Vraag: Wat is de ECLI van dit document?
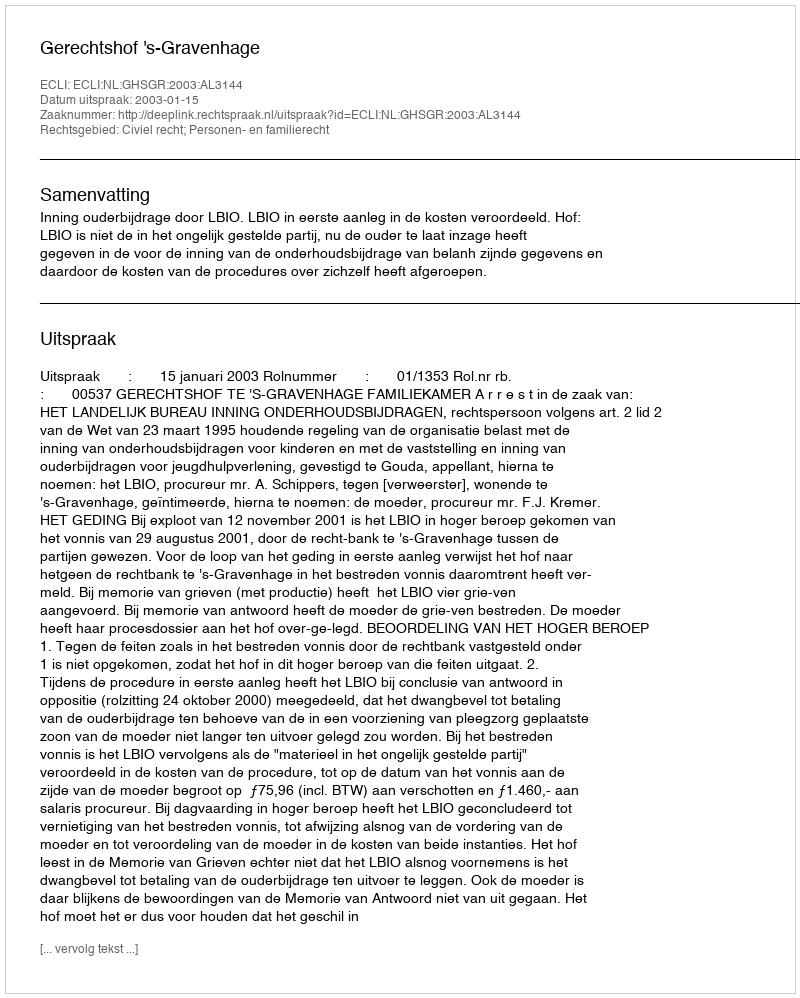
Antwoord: ECLI:NL:GHSGR:2003:AL3144